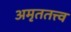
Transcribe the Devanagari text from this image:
अमृततत्त्व